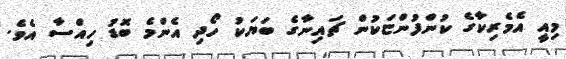
މިއީ އެމެރިކާގެ ކުންފުންޏަކުން ޗައިނާގެ ބަޔަކު ހޯދި އެންމެ ބޮޑު ހިއްސާ އެވެ.